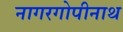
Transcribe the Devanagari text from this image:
नागरगोपीनाथ